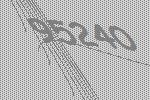
95240